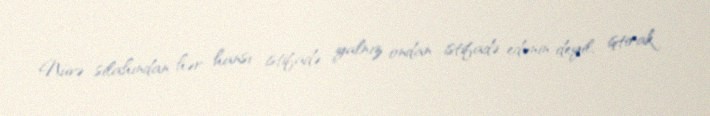
Nüvə silahından hər hansı istifadə yalnız ondan istifadə edənin deyil, iştirak